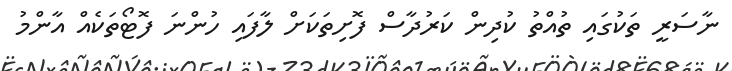
ނާސަރީ ތަކުގައި ތުއްތު ކުދިން ކަރުދާސް ފޮށިތަކަށް ލާފައި ހުންނަ ފޮޓޯތަކެއް އާންމު